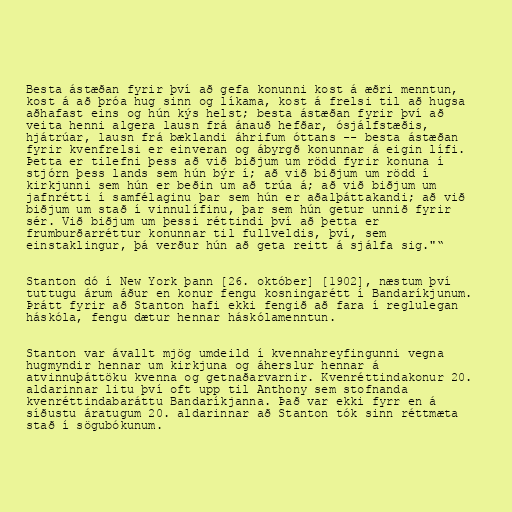
Besta ástæðan fyrir því að gefa konunni kost á æðri menntun,
kost á að þróa hug sinn og líkama, kost á frelsi til að hugsa
aðhafast eins og hún kýs helst; besta ástæðan fyrir því að
veita henni algera lausn frá ánauð hefðar, ósjálfstæðis,
hjátrúar, lausn frá bæklandi áhrifum óttans -- besta ástæðan
fyrir kvenfrelsi er einveran og ábyrgð konunnar á eigin lífi.
Þetta er tilefni þess að við biðjum um rödd fyrir konuna í
stjórn þess lands sem hún býr í; að við biðjum um rödd í
kirkjunni sem hún er beðin um að trúa á; að við biðjum um
jafnrétti í samfélaginu þar sem hún er aðalþáttakandi; að við
biðjum um stað í vinnulífinu, þar sem hún getur unnið fyrir
sér. Við biðjum um þessi réttindi því að þetta er
frumburðarréttur konunnar til fullveldis, því, sem
einstaklingur, þá verður hún að geta reitt á sjálfa sig."“

Stanton dó í New York þann [26. október] [1902], næstum því
tuttugu árum áður en konur fengu kosningarétt í Bandaríkjunum.
Þrátt fyrir að Stanton hafi ekki fengið að fara í reglulegan
háskóla, fengu dætur hennar háskólamenntun.

Stanton var ávallt mjög umdeild í kvennahreyfingunni vegna
hugmyndir hennar um kirkjuna og áherslur hennar á
atvinnuþáttöku kvenna og getnaðarvarnir. Kvenréttindakonur 20.
aldarinnar litu því oft upp til Anthony sem stofnanda
kvenréttindabaráttu Bandaríkjanna. Það var ekki fyrr en á
síðustu áratugum 20. aldarinnar að Stanton tók sinn réttmæta
stað í sögubókunum.